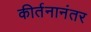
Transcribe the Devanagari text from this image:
कीर्तनानंतर